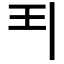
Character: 𩰊